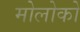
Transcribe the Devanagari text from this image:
मोलोको